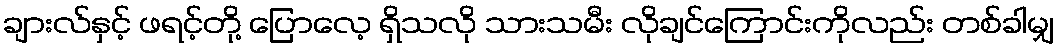
ချားလ်နှင့် ဖရင့်တို့ ပြောလေ့ ရှိသလို သားသမီး လိုချင်ကြောင်းကိုလည်း တစ်ခါမျှ